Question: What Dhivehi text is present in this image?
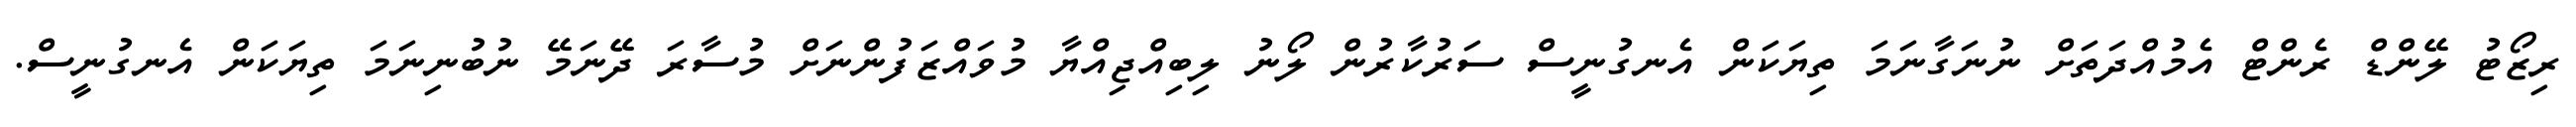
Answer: ރިޒޯޓު ލޭންޑް ރެންޓް އެމުއްދަތަށް ނުނަގާނަމަ ތިޔަކަން އެނގުނީސް ސަރުކާރުން ލޯނު ލިބިއްޖިއްޔާ މުވައްޒަފުންނަށް މުސާރަ ދޭނަމޭ ނުބުނިނަމަ ތިޔަކަން އެނގުނީސް.